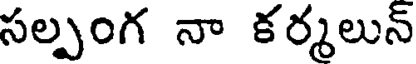
సల్పంగ నా కర్మలున్